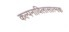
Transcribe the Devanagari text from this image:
कल्पनाविलासात्मक